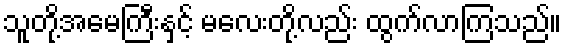
သူတို့အမေကြီးနှင့် မလေးတို့လည်း ထွက်လာကြသည်။